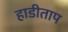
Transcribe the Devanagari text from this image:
हाडीताप